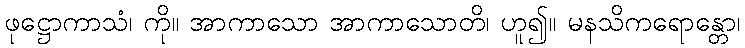
ဖုဋ္ဌောကာသံ၊ ကို။ အာကာသော အာကာသောတိ၊ ဟူ၍။ မနသိကရောန္တော၊